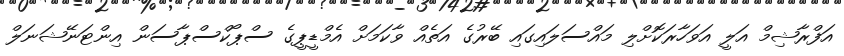
އަފްރާޝިމް އަލީ އަވަހާރަކޮށްލި މައްސަލައިގައި ބޭރުގެ އަތެއް ވާކަމަށް އެމްޑީޕީގެ ސްޕޯކްސްޕާސަން އިންޓަނޭޝަނަލް